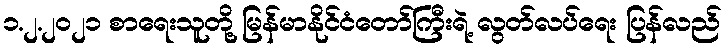
၁.၂.၂၀၂၁ စာရေးသူတို့ မြန်မာနိုင်ငံတော်ကြီးရဲ့ လွတ်လပ်ရေး ပြန်လည်